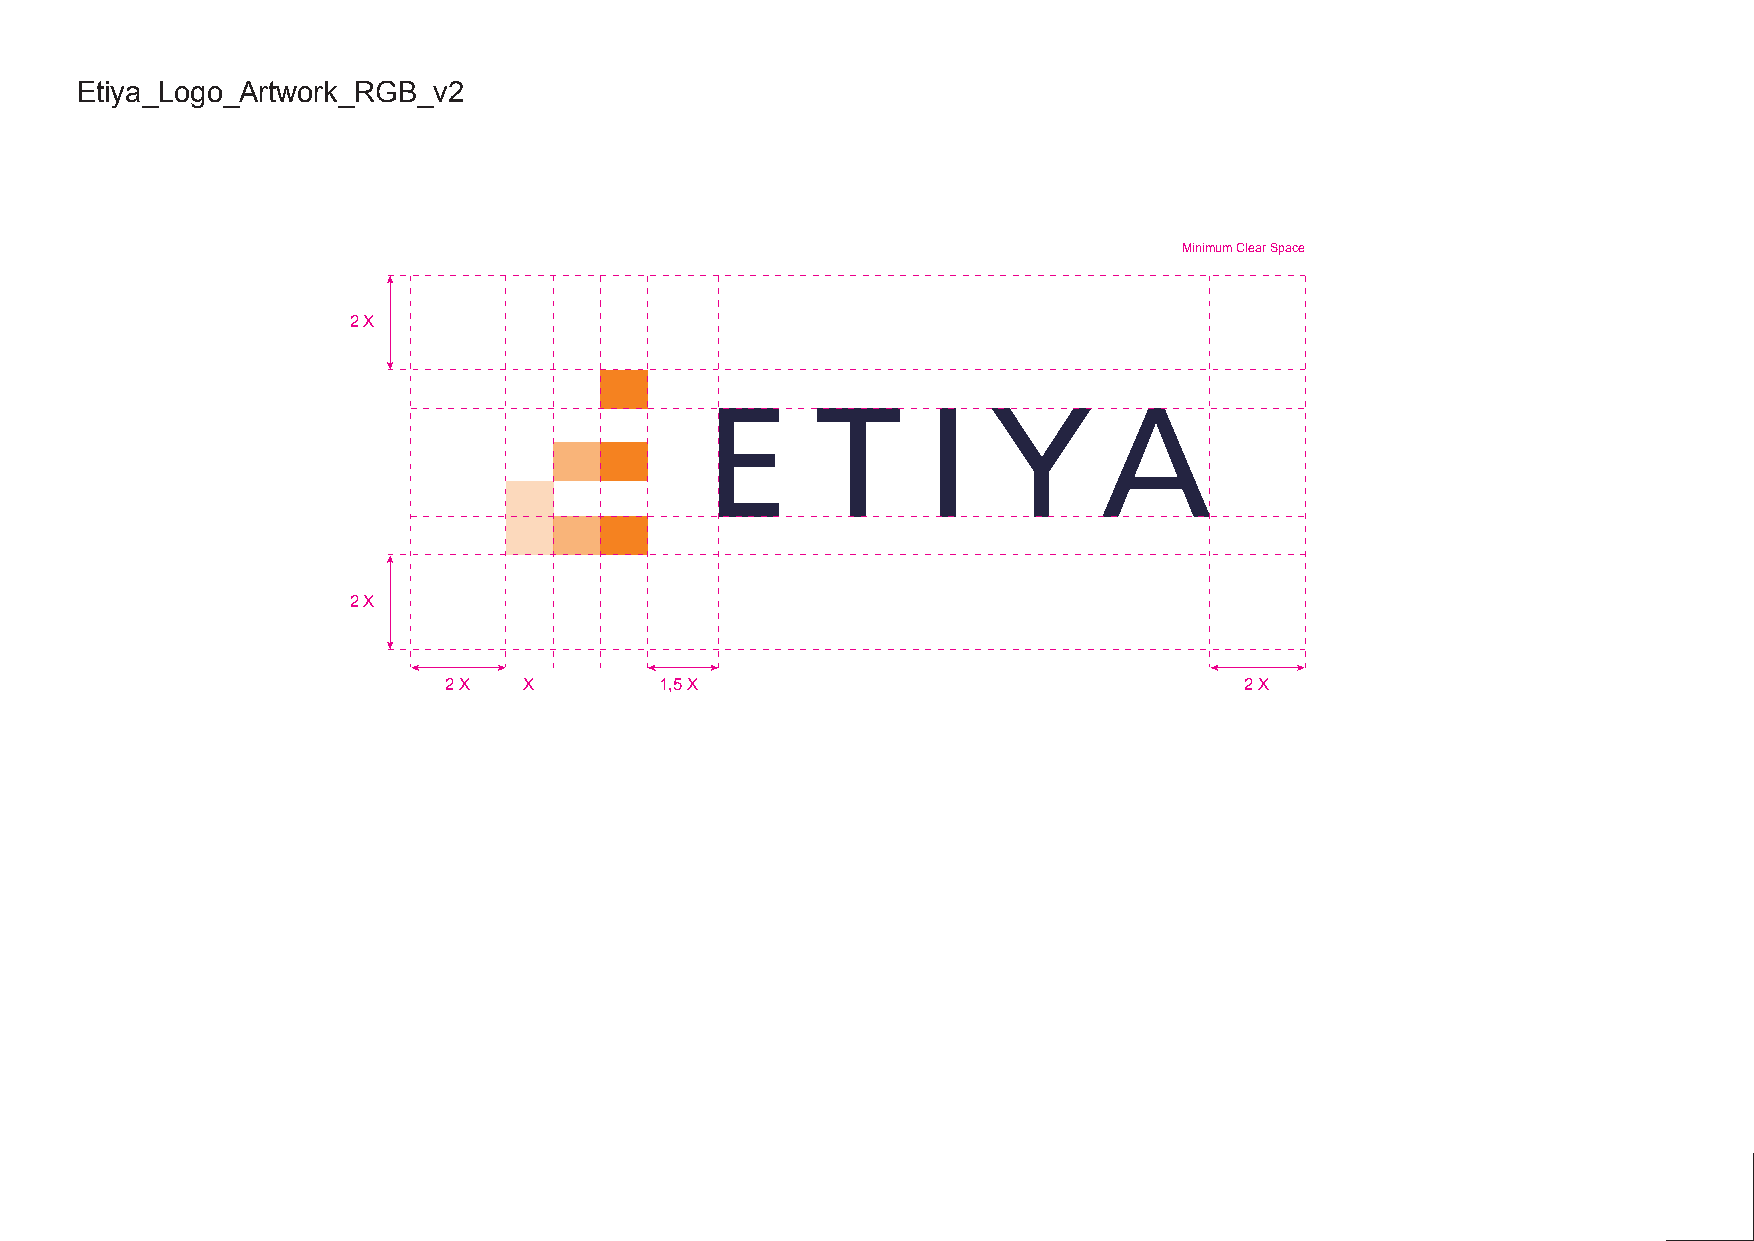
Etiya_Logo_Artwork_RGB_v2
 Minimum Clear Space
 2 X
 2 X
 2 X   X        1,5 X                                 2 X